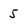
Character: 5